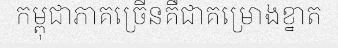
កម្ពុជាភាគច្រើនគឺជាគម្រោងខ្នាត